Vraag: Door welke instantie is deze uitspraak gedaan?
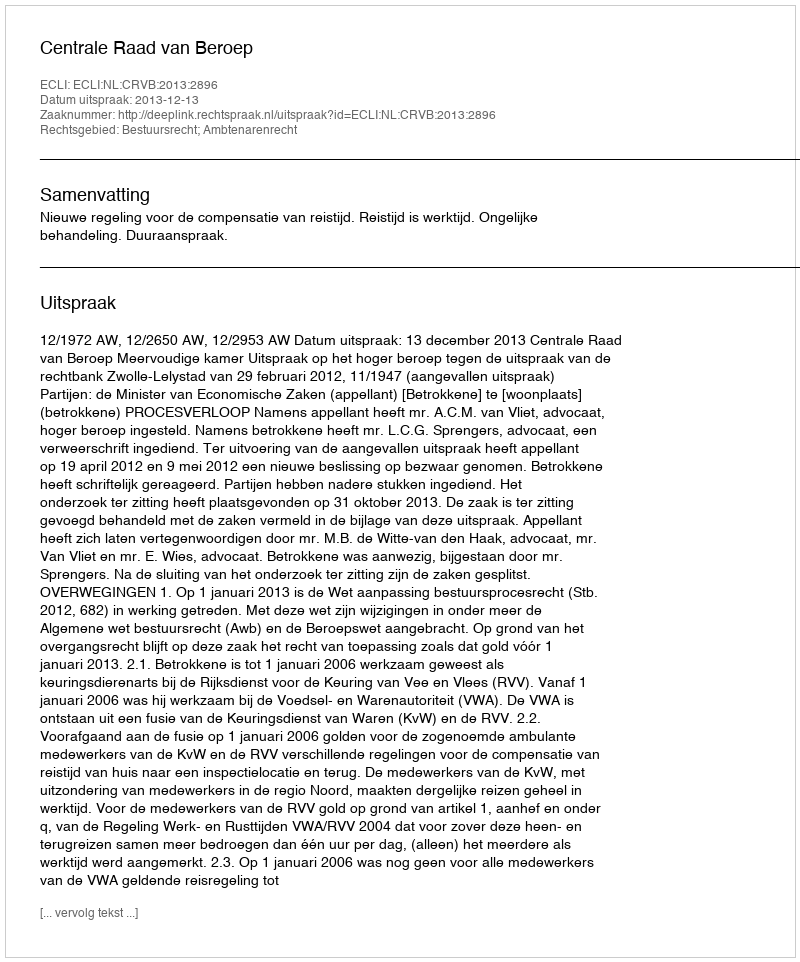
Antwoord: Centrale Raad van Beroep